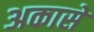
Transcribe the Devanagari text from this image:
अकासे